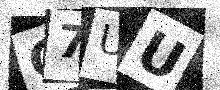
Text: G7UU